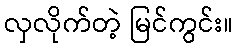
လှလိုက်တဲ့ မြင်ကွင်း။